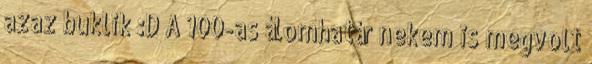
azaz buklik :D A 100-as álomhatár nekem is megvolt